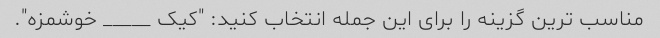
مناسب ترین گزینه را برای این جمله انتخاب کنید: "کیک _____ خوشمزه".